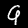
Digit: 9